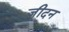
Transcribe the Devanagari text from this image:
जीदन